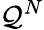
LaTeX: \mathcal{Q}^{N}